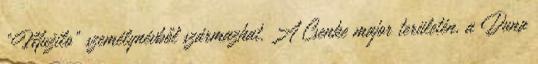
"Mužilo" személynévből származhat. A Csenke major területén, a Duna